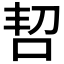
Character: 𫩬